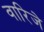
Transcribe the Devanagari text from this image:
वारिजे